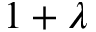
1 + \lambda